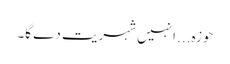
حوزہ... انہیں شہریت دے گا۔